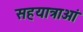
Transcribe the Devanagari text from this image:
सहयात्राओं